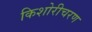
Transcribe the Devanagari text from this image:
किशोरीचरण